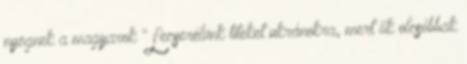
nyögnek a magyarok "Lecserélünk titeket ukránokra, mert ők olcsóbbak